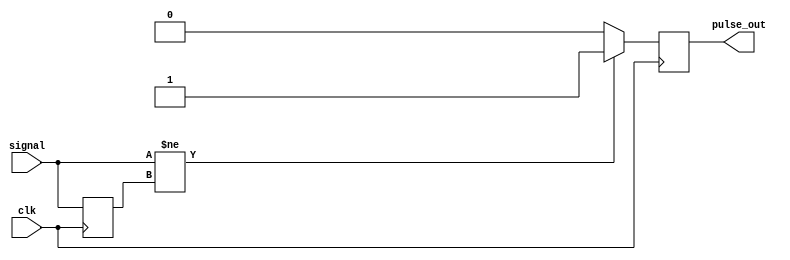
module pulse_edge_detector (
    input wire signal,       // Digital input signal to detect edges
    input wire clk,         // Clock signal for synchronization
    output reg pulse_out     // Output pulse generated on edge detection
);

    reg prev_signal;        // Register to store the previous state of the signal

    // Initialization
    initial begin
        prev_signal = 1'b0; // Assume initial state of signal is low
        pulse_out = 1'b0;   // Initialize pulse_out to low
    end

    // Edge detection and pulse generation logic
    always @(posedge clk) begin
        // Edge detection
        if (signal != prev_signal) begin
            // Rising or falling edge detected
            pulse_out <= 1'b1; // Generate pulse
        end else begin
            // No edge detected
            pulse_out <= 1'b0; // Hold pulse low
        end
        // Update previous signal state
        prev_signal <= signal;
    end

endmodule